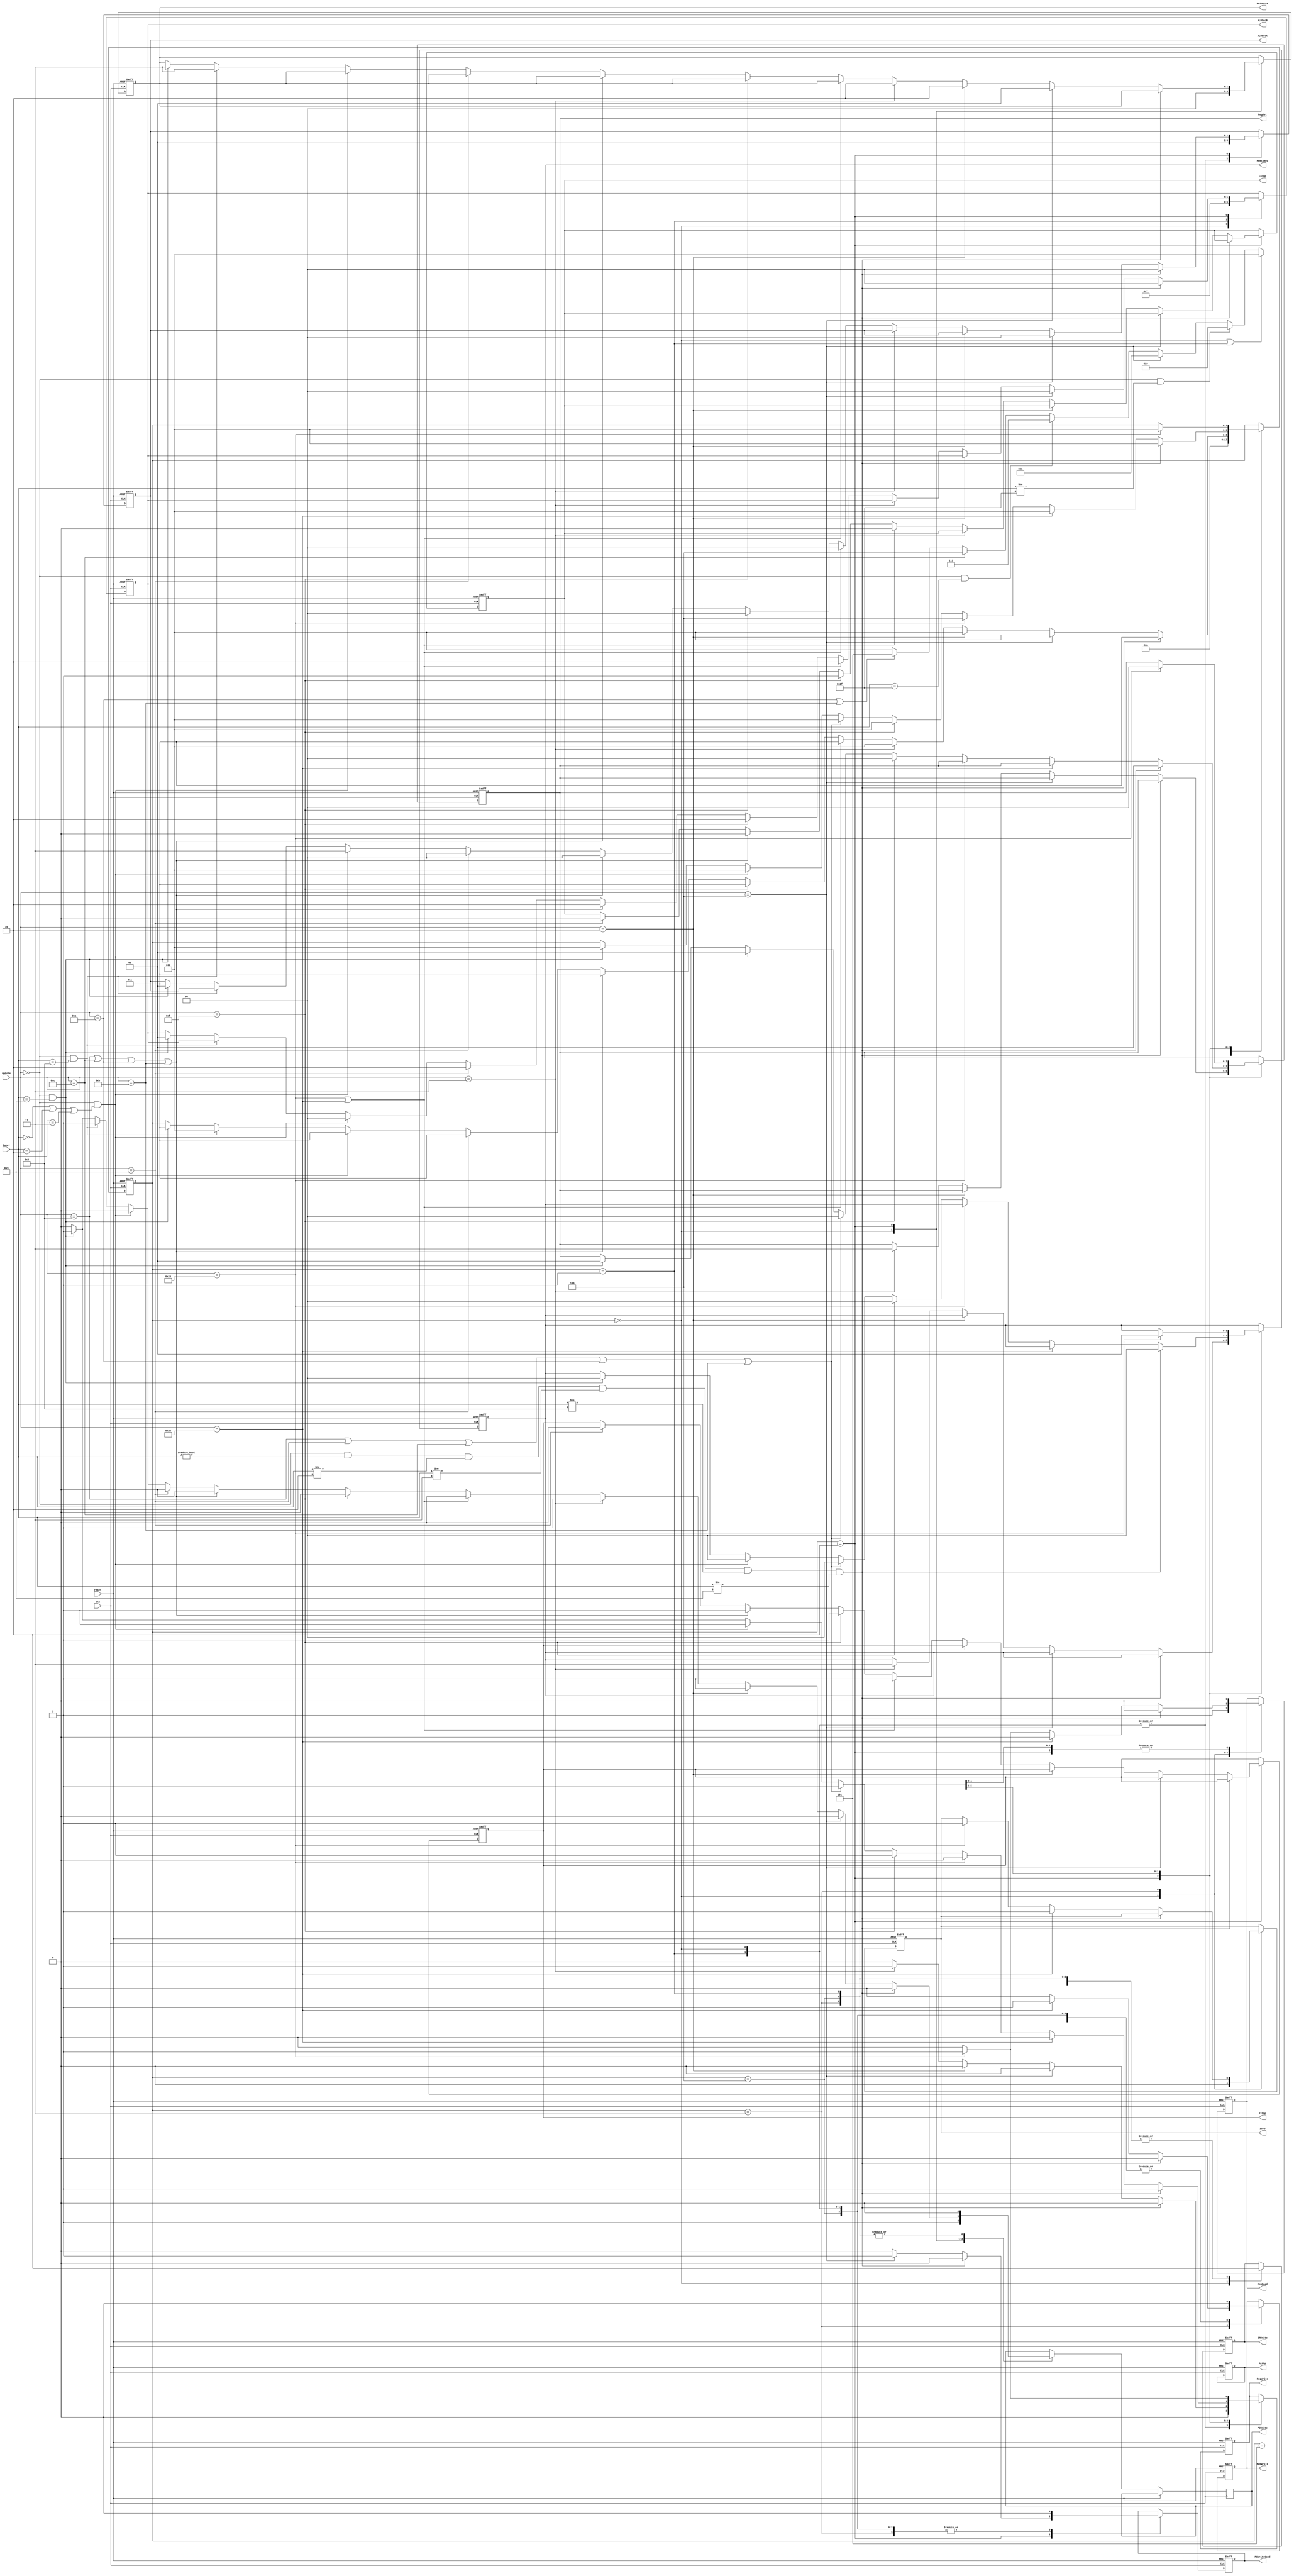
module Controller(reset, clk, OpCode, Funct, 
                PCWrite, PCWriteCond, IorD, MemWrite, MemRead,
                IRWrite, MemtoReg, RegDst, RegWrite, ExtOp, LuiOp,
                ALUSrcA, ALUSrcB, ALUOp, PCSource);
                
    //Input Clock Signals
    input reset;
    input clk;
    //Input Signals
    input  [5:0] OpCode;
    input  [5:0] Funct;
    //Output Control Signals
    output reg PCWrite;
    output reg PCWriteCond;
    output reg IorD;
    output reg MemWrite;
    output reg MemRead;
    output reg IRWrite;
    output reg [1:0] MemtoReg;
    output reg [1:0] RegDst;
    output reg RegWrite;
    output reg ExtOp;
    output reg LuiOp;
    output reg [1:0] ALUSrcA;
    output reg [1:0] ALUSrcB;
    output reg [3:0] ALUOp;
    output reg [1:0] PCSource;
      
    reg [2:0] state;
    parameter [2:0] sIF=5'd0;
    parameter [2:0] sID=5'd1;
    parameter [2:0] sEX=5'd2;
    parameter [2:0] sMEM=5'd3;
    parameter [2:0] sWB=5'd4;
    parameter [2:0] s_0=5'd5;

    //--------------Your code below-----------------------
    
    always @(posedge reset or posedge clk) begin
       if(reset)begin
         state<=s_0;
         PCSource<=1'b00;
         PCWriteCond<=1'b0;
         IorD<=1'b0;
         MemWrite<=1'b0;
         MemRead<=1'b0;
         IRWrite<=1'b0;
         MemtoReg<=2'b00;
         RegDst<=2'b00;
         RegWrite<=1'b0;
         ExtOp<=1'b0;
         LuiOp<=1'b0;
         ALUSrcA<=1'b00;
         ALUSrcB<=2'b00;
         ALUOp<=3'b000;
       end
       
       else begin
       case(state)
       s_0:begin
         state<=sIF;
         end
       
       
       sIF:begin
         PCSource<=2'b00; 
           PCWrite<=1'b1;
         IRWrite<=1'b1;
         MemRead<=1'b1; 
         if(RegWrite==1'b1)
           RegWrite<=1'b0;
         if(MemWrite==1'b1)
             MemWrite<=1'b0;
         if(PCWriteCond==1'b1)
           PCWriteCond<=1'b0;
         ALUSrcA<=2'b01;
         IorD<=1'b0;
         ALUSrcB<=2'b01;
         state<=sID;
         end
       
       sID:begin
         MemRead<=1'b0;
          if(MemWrite==1'b1)
           MemWrite<=1'b0;
          if(IRWrite==1'b1)
             IRWrite<=1'b0;
          if(PCWrite==1'b1)
           PCWrite<=1'b0;
          if(RegWrite==1'b1)
           RegWrite<=1'b0;
         if(PCWriteCond==1'b1)
           PCWriteCond<=1'b0;
         ALUSrcA<=2'b01;
         ALUSrcB<=2'b11;
         state<=sEX;
         end
         
       sEX:begin
          if(PCWrite==1'b1)
            PCWrite<=1'b0;
          if(MemWrite==1'b1)
            MemWrite<=1'b0;
          if(MemRead==1'b1)
              MemRead<=1'b0;
          if(IRWrite==1'b1)
            IRWrite<=1'b0;
          if(RegWrite==1'b1)
            RegWrite<=1'b0;
          if(PCWriteCond==1'b1)
            PCWriteCond<=1'b0;
          if(OpCode==6'd0&&Funct!=6'h0&&Funct!=6'h02&&Funct!=6'h03&&Funct!=6'h08&&Funct!=6'h09)begin//Rָ
            ALUSrcA<=2'b00;
            ALUSrcB<=2'b00;
            state<=sMEM;
            end
          else if(OpCode==6'h04)begin//BEQָ
            ALUSrcA<=2'b00;
            ALUSrcB<=2'b00;
            PCWriteCond<=1'b1;
            PCSource<=2'b01;
            state<=sIF;
            end
          else if(OpCode==6'h02)begin//jָ
            PCWrite<=1'b1;
            PCSource<=2'b10;
            state<=sIF;
            end
          else if(OpCode==6'h03)begin//jalָ
              PCWrite<=1'b1;
              PCSource<=2'b10;
              RegDst<=2'b11;
              MemtoReg<=2'b11;
              RegWrite<=1'b1;
              state<=sIF;
              end
          else if(OpCode==6'h23||OpCode==6'h2b)begin//lwswָ
            ALUSrcA<=2'b00;
            ALUSrcB<=2'b10;
            LuiOp<=1'b0;
            ExtOp<=1'b1;
            state<=sMEM;
            end
          else if(OpCode==6'h0f)begin//luiָ
            ALUSrcB<=2'b10;
            ALUSrcA<=2'b00;
            LuiOp<=1'b1;
            ExtOp<=1'b1;
            state<=sMEM;
            end
          else if(OpCode==6'h08||OpCode==6'h0c||OpCode==6'h0a||OpCode==6'h0b)begin//iָҪչ
            ALUSrcB<=2'b10;
            ALUSrcA<=2'b00;
            LuiOp<=1'b0;
            ExtOp<=1'b1;
            state<=sMEM;
            end
          else if(OpCode==6'h09)begin//iָҪ޷չ
              ALUSrcB<=2'b10;
              ALUSrcA<=2'b00;
              LuiOp<=1'b0;
              ExtOp<=1'b0;
              state<=sMEM;
              end
          else if(OpCode==6'h0&&(Funct==6'h0||Funct==6'h2||Funct==6'h3))begin//sll,sra,srlָ
            ALUSrcB<=2'b00;
            ALUSrcA<=2'b11;
            state<=sMEM;
            end
          else if(OpCode==6'h0&&Funct==6'h08)begin//jrָ
            PCWrite<=1'b1;
            PCSource<=2'b11;
            state<=sIF;
            end
          else if(OpCode==6'h0&&Funct==6'h09)begin//jalrָ
            PCWrite<=1'b1;
            PCSource<=2'b11;
            ALUSrcA<=2'b01;
            ALUSrcB<=2'b01;
            state<=sMEM;
            end
         end
         
         sMEM:begin
          if(PCWrite==1'b1)
           PCWrite<=1'b0;
         if(MemWrite==1'b1)
           MemWrite<=1'b0;
          if(MemRead==1'b1)
             MemRead<=1'b0;
         if(IRWrite==1'b1)
           IRWrite<=1'b0;
         if(RegWrite==1'b1)
           RegWrite<=1'b0;
         if(PCWriteCond==1'b1)
           PCWriteCond<=1'b0;
           if(OpCode==6'd0&&Funct!=6'h0&&Funct!=6'h02&&Funct!=6'h03&&Funct!=6'h08&&Funct!=6'h09)begin//Rָ
             RegWrite<=1'b1;
             RegDst<=2'b01;
             MemtoReg<=2'b00;
             state<=sIF;
           end           
           else if(OpCode==6'h2b)begin//swָ
             MemWrite<=1'b1;
             IorD<=1'b1;
             state<=sIF;
            end
            else if(OpCode==6'h23)begin//lwָ
              MemRead<=1'b1;
              IorD<=1'b1;
              state<=sWB;
            end
            else if(OpCode==6'h0f)begin//luiָ
              RegDst<=2'b00;
              MemtoReg<=2'b00;
              RegWrite<=1'b1;
              state<=sIF;
            end
            else if(OpCode==6'h08||OpCode==6'h09||OpCode==6'h0c||OpCode==6'h0a||OpCode==6'h0b)begin//iָ
              RegDst<=2'b00;
              MemtoReg<=2'b00;
              RegWrite<=1'b1;
              state<=sIF;
            end
            else if(OpCode==6'h0&&(Funct==6'h0||Funct==6'h2||Funct==6'h3))begin//sll,sra,srlָ
              RegWrite<=1'b1;
              RegDst<=2'b01;
              MemtoReg<=2'b00;
              state<=sIF;
            end
            else if(OpCode==6'h0&&Funct==6'h09)begin//jalrָ
              RegWrite<=1'b1;
              RegDst<=2'b01;
              MemtoReg<=2'b00;
              state<=sIF;
            end
          end
          
          sWB:begin
          if(PCWrite==1'b1)
            PCWrite<=1'b0;
          if(MemRead==1'b1)
              MemRead<=1'b0;
          if(MemWrite==1'b1)
            MemWrite<=1'b0;
          if(IRWrite==1'b1)
            IRWrite<=1'b0;
          if(RegWrite==1'b1)
            RegWrite<=1'b0;
          if(PCWriteCond==1'b1)
            PCWriteCond<=1'b0;
             if(OpCode==6'h23)begin//lwָ
               RegWrite<=1'b1;
               RegDst<=2'b00;
               MemtoReg<=2'b01;
               state<=sIF;
             end
           end
         endcase
       end
     end

    //--------------Your code above-----------------------


    //ALUOp
    always @(*) begin
        ALUOp[3] = OpCode[0];
        if (state == sIF || state == sID) begin
            ALUOp[2:0] = 3'b000;
        end else if (OpCode == 6'h00&&Funct!=6'h2f) begin 
            ALUOp[2:0] = 3'b010;
        end else if (OpCode == 6'h04) begin
            ALUOp[2:0] = 3'b001;
        end else if (OpCode == 6'h00 &&Funct==6'h2f) begin
            ALUOp[2:0] = 3'b111;
        end else if (OpCode == 6'h0c) begin
            ALUOp[2:0] = 3'b100;
        end else if (OpCode == 6'h0a || OpCode == 6'h0b) begin
            ALUOp[2:0] = 3'b101;
        end else begin
            ALUOp[2:0] = 3'b000;
        end
    end

endmodule